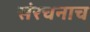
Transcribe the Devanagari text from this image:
संरचनाच